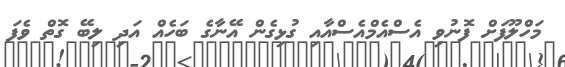
މަހްލޫފަށް ފޮނުވި އެސްއެމްއެސްއާއި ގުޅިގެން އޭނާގެ ބަހެއް އަދި ލިބޭ ގޮތް ވެފަ